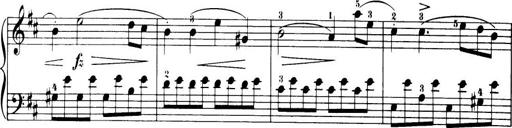
Title: 32 Sonatinas and Rondos for the Piano
Composer: Richard Kleinmichel